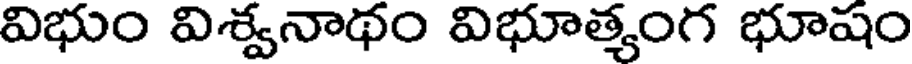
విభుం విశ్వనాథం విభూత్యంగ భూషం